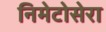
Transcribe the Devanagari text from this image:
निमेटोसेरा